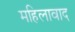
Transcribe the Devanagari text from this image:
महिलावाद